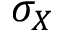
\sigma _ { X }